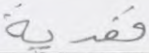
ففدية